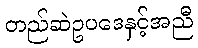
တည်ဆဲဥပဒေနှင့်အညီ